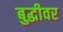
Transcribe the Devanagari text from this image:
बुद्धीवर